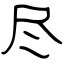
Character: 尽